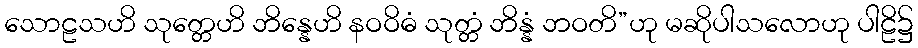
သောဠသဟိ သုတ္တေဟိ ဘိန္နေဟိ နဝဝိဓံ သုတ္တံ ဘိန္နံ ဘဝတိ”ဟု မဆိုပါသလောဟု ပါဠိ၌